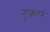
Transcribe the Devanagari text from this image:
गुकारं